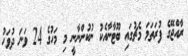
ރާއްޖޭގެ ފުރަތަމަ މެޗުގައި ބޫޓާނާއެކު ނުކުންނާނީ މި މަހުގެ 24 ވަނަ ދުވަހު